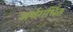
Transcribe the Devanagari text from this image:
अर्थगर्भित